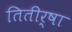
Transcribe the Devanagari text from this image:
तितीर्षा